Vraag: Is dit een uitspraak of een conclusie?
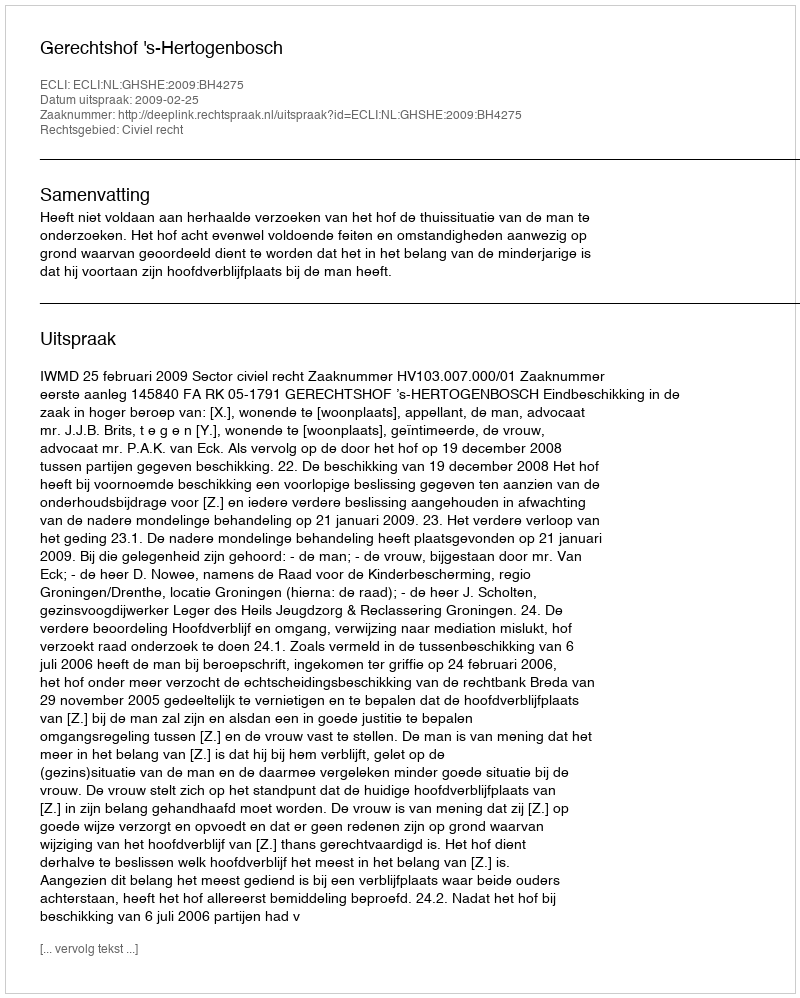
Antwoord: Uitspraak